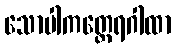
သောပါကတ္ထေရဂါထာ